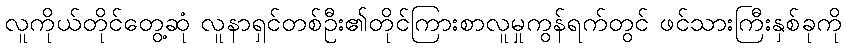
လူကိုယ်တိုင်တွေ့ဆုံ လူနာရှင်တစ်ဦး၏တိုင်ကြားစာလူမှုကွန်ရက်တွင် ဖင်သားကြီးနှစ်ခုကို